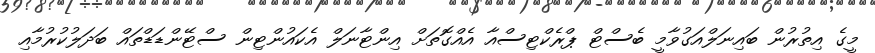
މީގެ އިތުރުން ބައިނަލްއަގުވާމީ ބެސްޓް ޕްރެކްޓިސްއާ އެއްގޮތަށް އިންޓާނަލް އެކައުންޓިން ސްޓޭންޑަޑްތައް ބަދަލުކުރުމާއި